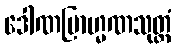
ဒေါဏဗြာဟ္မဏသုတ္တံ